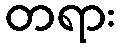
တရား